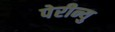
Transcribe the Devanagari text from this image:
पेरीन्यु